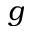
g